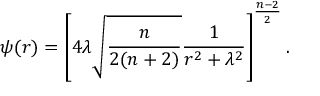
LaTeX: \psi ( r ) = \left[ 4 \lambda \sqrt { { \frac { n } { 2 ( n + 2 ) } } } { \frac { 1 } { r ^ { 2 } + \lambda ^ { 2 } } } \right] ^ { \frac { n - 2 } { 2 } } .